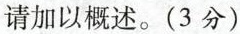
请加以概述。（3分）